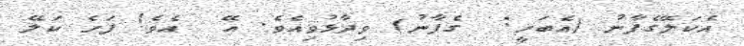
އެކަލޭގެފާނު (އެބަހީ:  ގެފާނު) ވިދާޅުވިއެވެ. އޭ  އެވެ! ފަހެ ކަލޭ